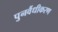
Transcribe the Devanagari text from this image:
पुनर्वैधीकरण